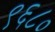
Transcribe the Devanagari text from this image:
९६८०